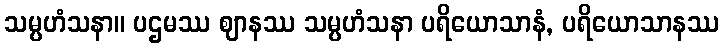
သမ္ပဟံသနာ။ ပဌမဿ ဈာနဿ သမ္ပဟံသနာ ပရိယောသာနံ, ပရိယောသာနဿ